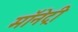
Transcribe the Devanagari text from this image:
मॉनेट्री